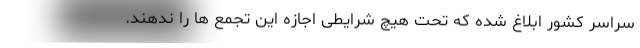
سراسر کشور ابلاغ شده که تحت هیچ شرایطی اجازه این تجمع ها را ندهند.